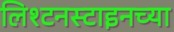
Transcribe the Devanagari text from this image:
लिश्टनस्टाइनच्या